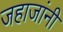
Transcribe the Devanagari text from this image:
जहाजांनी